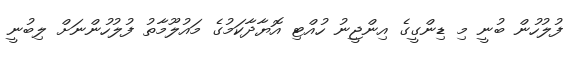
ފުލުހުން ބުނީ މި ޑިންގީގެ އިންޖީނު ހުއްޓި އޮޔާދާކަމުގެ މައުލޫމާތު ފުލުހުންނަށް ލިބުނީ